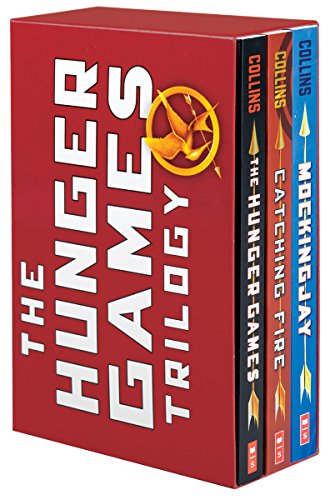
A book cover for The Hunger Games Trilogy: The Hunger Games / Catching Fire / Mockingjay; Suzanne Collins; Teen & Young Adult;